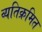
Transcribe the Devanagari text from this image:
व्यतिक्रमित